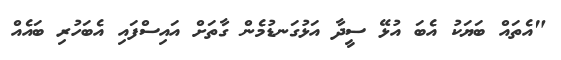
"އެތައް ބަޔަކު އެބަ އުޅޭ ސީދާ އަޅުގަނޑުމެން ގާތަށް އައިސްފައި އެބަހުރި ބައެއް